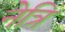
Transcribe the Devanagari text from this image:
नेत्रि